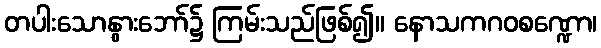
တပါးသောနွားဘော်၌ ကြမ်းသည်ဖြစ်၍။ နောသကဂဝစဏ္ဍော၊